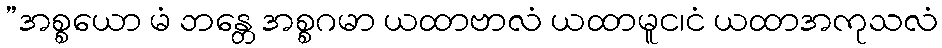
”အစ္စယော မံ ဘန္တေ အစ္စဂမာ ယထာဗာလံ ယထာမူင၊ငံ ယထာအကုသလံ